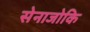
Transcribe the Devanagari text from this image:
सेनाजोकि